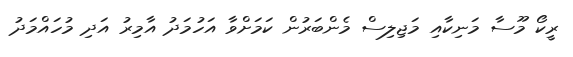
ރީކޯ މޫސާ މަނިކާއި މަޖިލިސް މެންބަރުން ކަމަށްވާ އަހުމަދު އާމިރު އަދި މުހައްމަދު